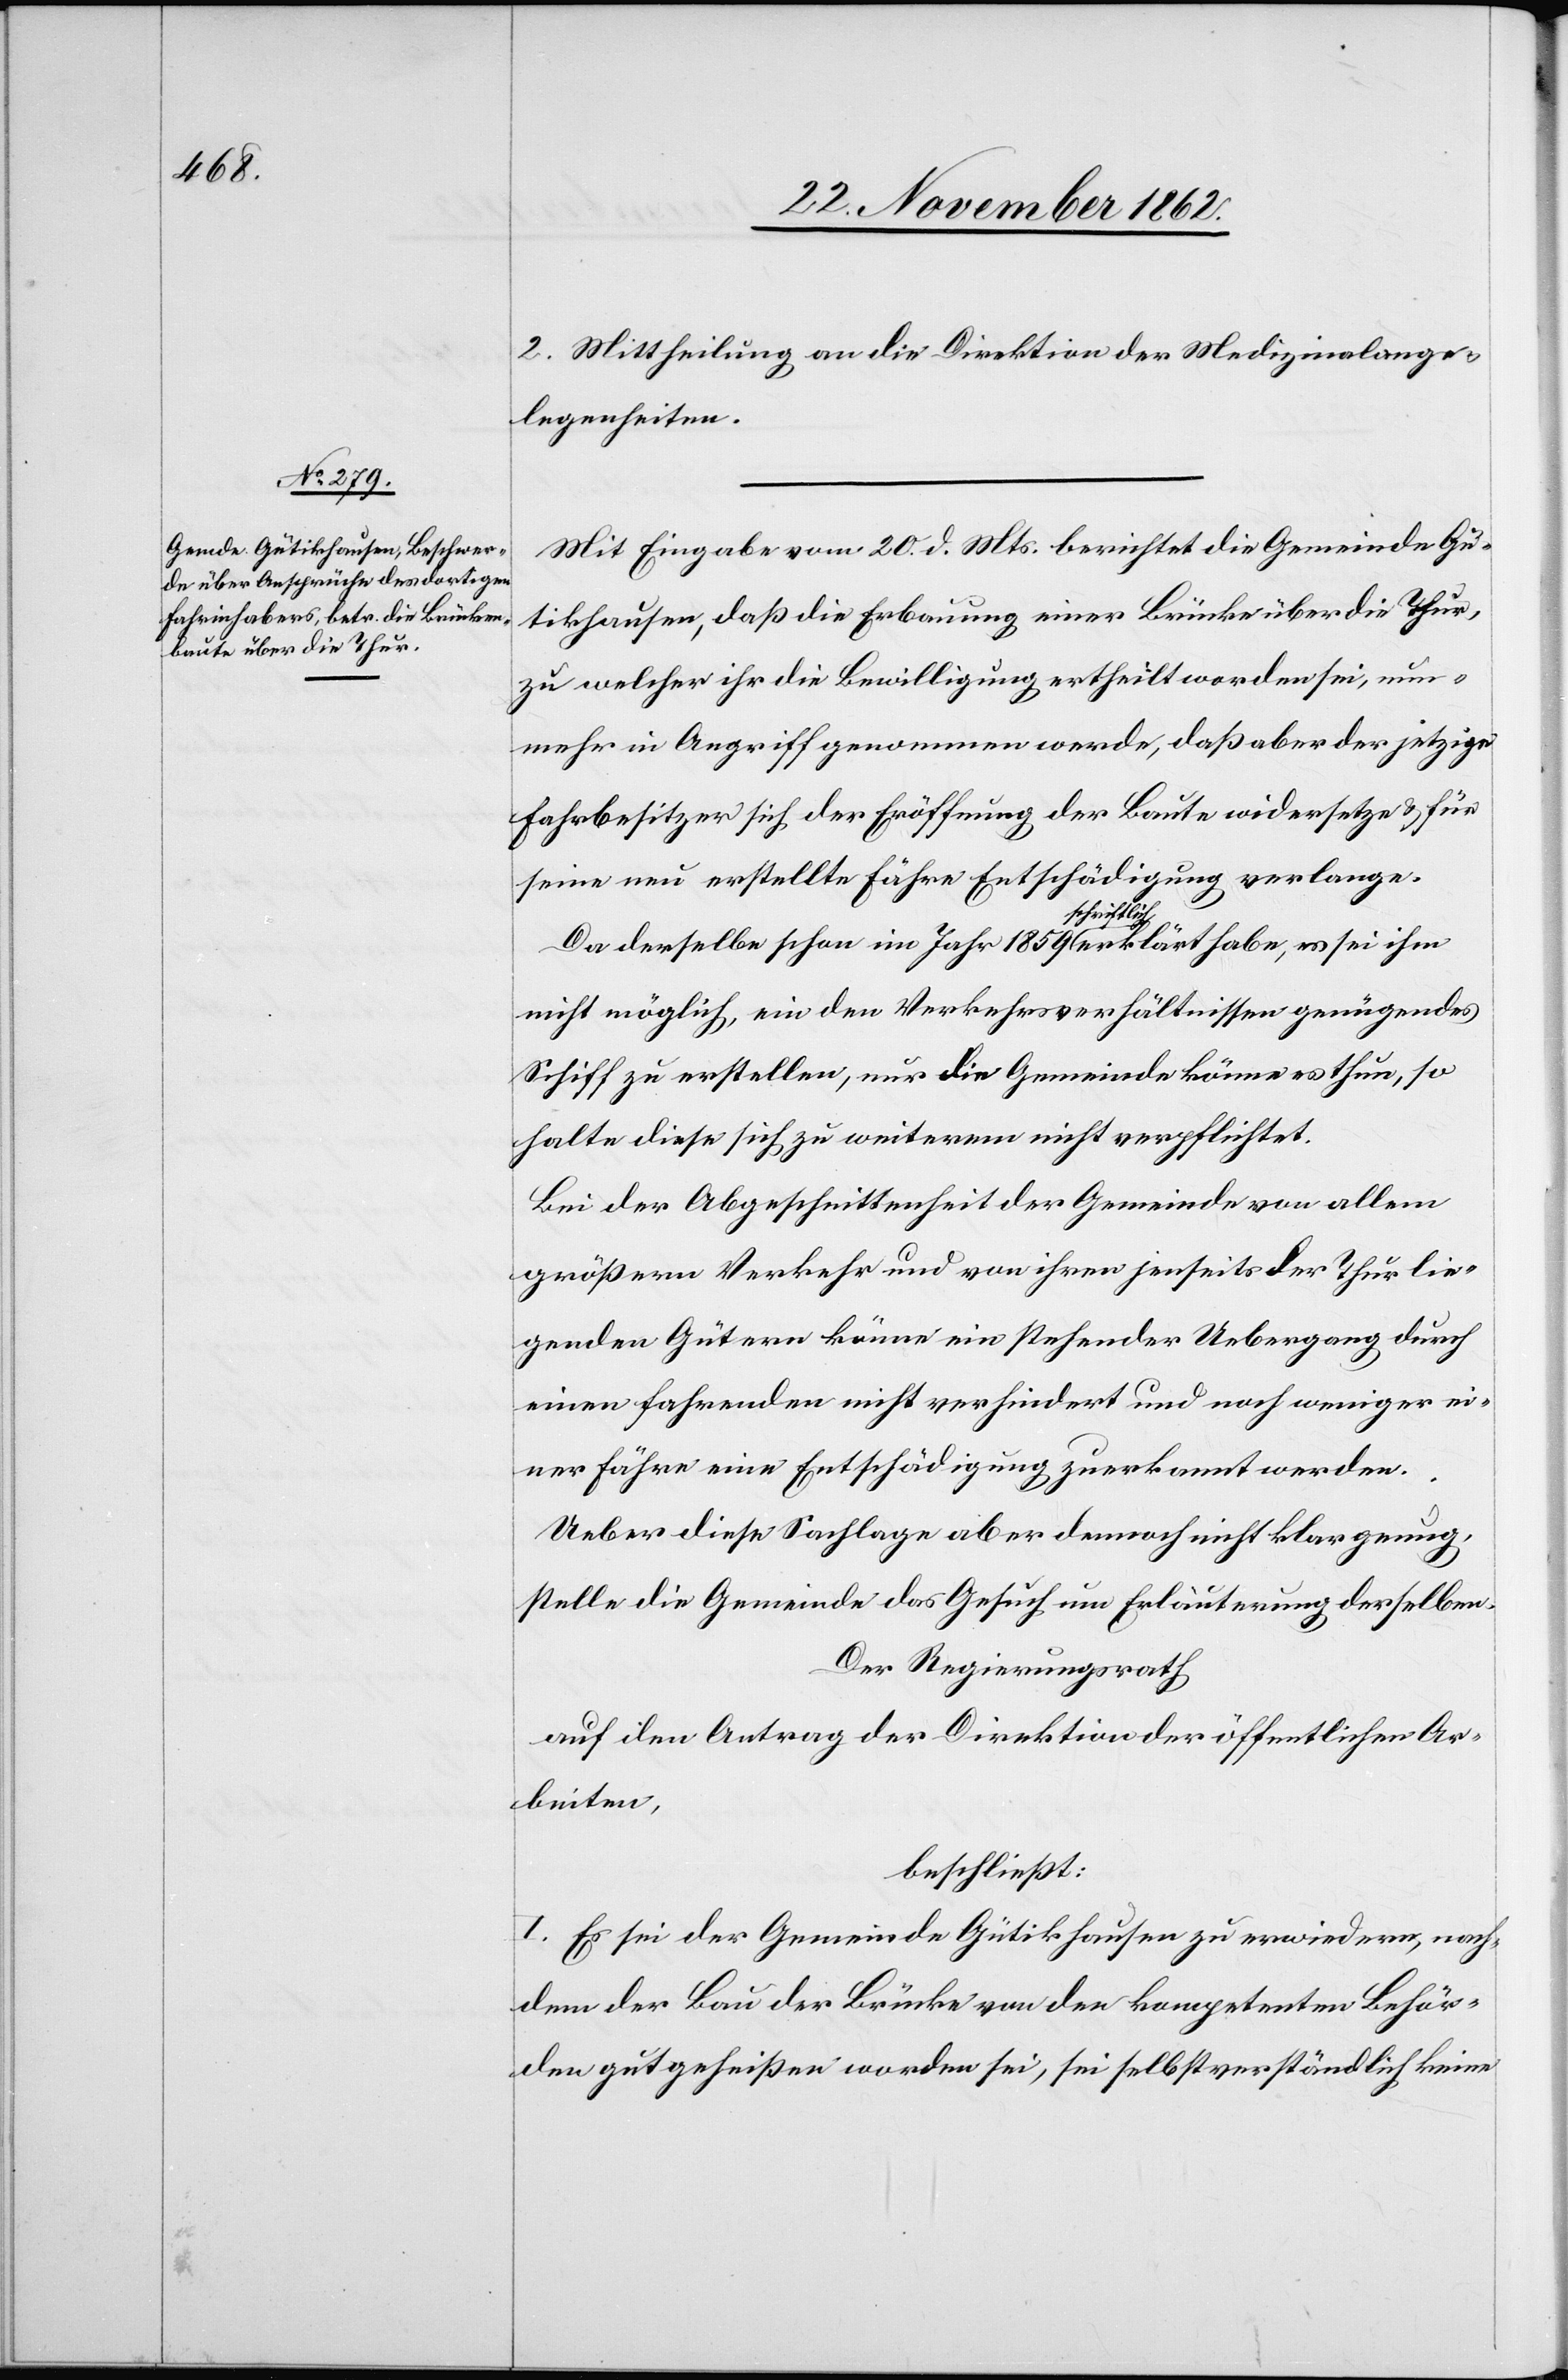
2. Mittheilung an die Direktion der Medizinalange¬
legenheiten.
Mit Eingabe vom 20. d. Mts. berichtet die Gemeinde Gü¬
tikhausen, daß die Erbauung einer Brücke über die Thur,
zu welcher ihr die Bewilligung ertheilt worden sei, nun¬
mehr in Angriff genommen werde, daß aber der jetzige
Fahrbesitzer sich der Eröffnung der Baute widersetze u. für
seine neue erstellte Fähre Entschädigung verlange.
Da derselbe schon im Jahr 1859 schriftlich erklärt habe, es sei ihm
nicht möglich, ein den Verkehrsverhältnissen genügendes
Schiff zu erstellen, nur die Gemeinde könne es thun, so
halte diese sich zu weiterem nicht verpflichtet.
Bei der Abgeschnittenheit der Gemeinde von allem
größern Verkehr und von ihren jenseits der Thur lie¬
genden Gütern könne ein stehender Uebergang durch
einen fahrenden nicht verhindert und noch weniger ei¬
ner Fähre eine Entschädigung zuerkannt werden.
Ueber diese Sachlage aber dennoch nicht klar genug,
stellte die Gemeinde das Gesuch um Erläuterung derselben.
Der Regierungsrath
auf den Antrag der Direktion der öffentlichen Ar¬
beiten,
beschließt:
I. Es sei der Gemeinde Gütikhausen zu erwiedern, nach¬
dem der Bau der Brücke von den kompetenten Behör¬
den gutgeheißen worden sei, sei selbstverständlich keine